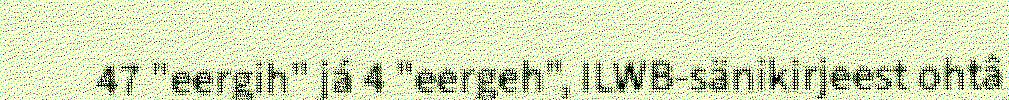
47 "eergih" já 4 "eergeh", ILWB-sänikirjeest ohtâ